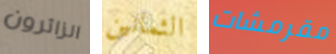
الزائرون الثمانين مقرمشات